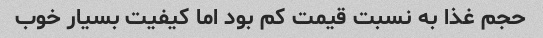
حجم غذا به نسبت قیمت کم بود اما کیفیت بسیار خوب